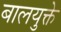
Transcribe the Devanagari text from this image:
बालयुक्ते